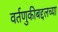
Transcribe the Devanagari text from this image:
वर्तणुकीबद्दलच्या